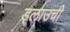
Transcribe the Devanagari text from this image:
ड्लाउची